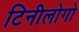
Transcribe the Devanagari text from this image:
टिनीलोगो